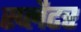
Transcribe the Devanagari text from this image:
स्प्लैटर